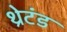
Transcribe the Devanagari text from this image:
थ्रेटंड